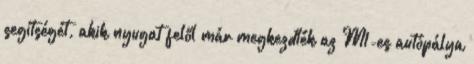
segítségét, akik nyugat felől már megkezdték az M1-es autópálya